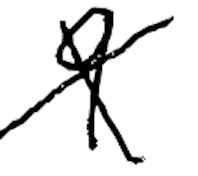
Text: 9
Cross-out: cross
Writing tool: digital_black